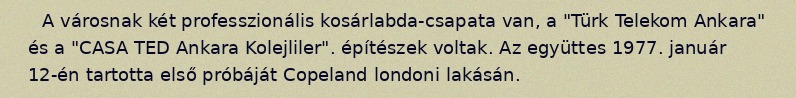
A városnak két professzionális kosárlabda-csapata van, a "Türk Telekom Ankara" és a "CASA TED Ankara Kolejliler". építészek voltak. Az együttes 1977. január 12-én tartotta első próbáját Copeland londoni lakásán.